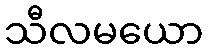
သီလမယော